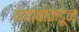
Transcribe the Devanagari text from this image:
नवाबाकडून